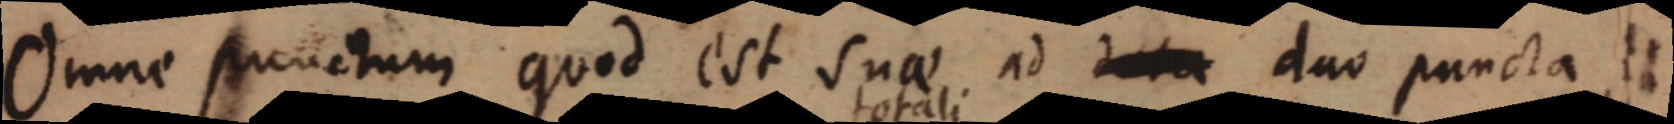
Omne punctum quod est suae ad _ duo puncta